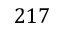
2 1 7